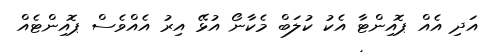
އަދި އެއް ޕޮއިންޓާ އެކު ކުލަބް މެކާނޯ އުޅޭ އިރު އެއްވެސް ޕޮއިންޓެއް